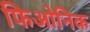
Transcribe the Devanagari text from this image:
फिओनिक